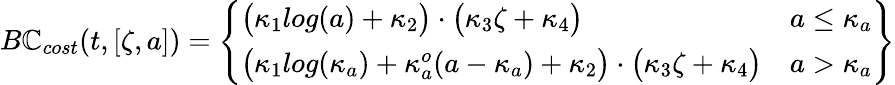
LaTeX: B\mathbb{C}_{cost}(t,[\zeta,a])=\left.\left\{ \begin{array}{ll}{\big(\kappa_{1}log(a)+\kappa_{2}\big)\cdot\big(\kappa_{3}\zeta+\kappa_{4}\big)}&{a\leq\kappa_{a}}\\ {\big(\kappa_{1}log(\kappa_{a})+\kappa_{a}^{o}(a-\kappa_{a})+\kappa_{2}\big)\cdot\big(\kappa_{3}\zeta+\kappa_{4}\big)}&{a>\kappa_{a}}\end{array}\right.\right\}